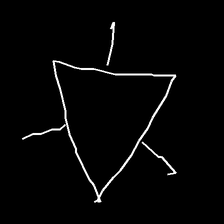
Glyph: fire